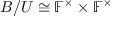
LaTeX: B / U \cong \mathbb { F } ^ { \times } \times \mathbb { F } ^ { \times }